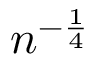
n ^ { - { \frac { 1 } { 4 } } }